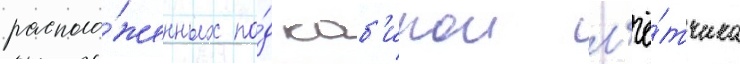
располо́женных по́д каб'инои л'ё́тчика